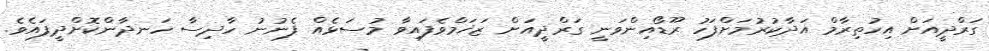
ގަރްދީއަށް އިހުތިރާމް އަދާކުރުމަށްފަހު ރޫޑޯއިންވަނީ ގަރްދީއަށް ޒަޚަމްވެފައިވާ މުސަޅެއް ފެނުނު ހާދިސާ ހަނދާންކޮށްދީފައެވެ.